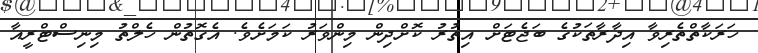
ހަރަކާތްތެރިވާ އިދާރާތަކުގެ ބަޖެޓަށް އިތުރު ކޮށްދިން މިންވަރު ކަމަށެވެ. އެގޮތުން ހެލްތު މިނިސްޓްރީއާ